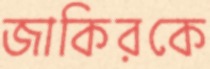
জাকিরকে